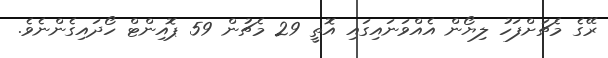
ރޭގެ މެޗަށްފަހު ލިޔޯން އެއްވަނައިގައި އޮތީ 29 މެޗުން 59 ޕޮއިންޓްް ހޯދައިގެންނެވެ.